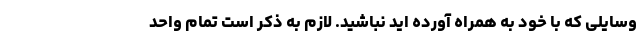
وسایلی که با خود به همراه آورده اید نباشید. لازم به ذکر است تمام واحد